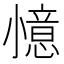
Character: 𭕌